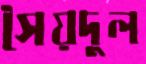
সৈয়দুল